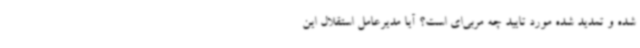
شده و تمدید شده مورد تایید چه مربی‌ای است؟ آیا مدیرعامل استقلال این